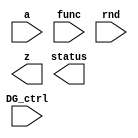
module DW_lp_fp_multifunc_DG( a, func, rnd, DG_ctrl, z, status );

parameter sig_width       = 23;  // RANGE 2 to 23
parameter exp_width       = 8;   // RANGE 3 to 8
parameter ieee_compliance = 0;   // RANGE 0 to 1
parameter func_select     = 127; // RANGE 1 to 127
parameter faithful_round  = 1;   // RANGE 0 to 1
parameter pi_multiple     = 1;   // RANGE 0 to 1

input [sig_width + exp_width:0] a;
input [15:0] func;
input [2:0] rnd;
input DG_ctrl;

output [sig_width + exp_width:0] z;
output [7:0] status;

// synopsys translate_off

wire [sig_width + exp_width:0] z_temp;
wire [7:0] status_temp;

// Instance of DW_lp_fp_multifunc
DW_lp_fp_multifunc #(sig_width, exp_width, ieee_compliance, func_select, faithful_round, pi_multiple) U1 (
                    .a(a),
                    .func(func),
                    .rnd(rnd),
                    .z(z),
                    .status(status) 
);

assign z = (DG_ctrl) ? z_temp : {(sig_width + exp_width + 1){1'bX}};
assign status = (DG_ctrl) ? status_temp : 8'bXXXXXXXX;

// synopsys translate_on

endmodule